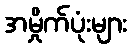
အမှိုက်ပုံးများ